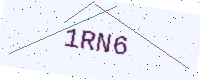
Text: 1RN6